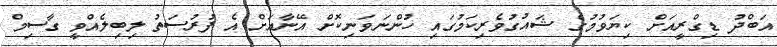
އަބްދު ޑިގްރީއަށް ކިޔަވުމުގެ ޝައުގުވެރިކަމުގައި ހުންނަވަނިކޮށް އޭނާއަށް އެ ފުރުސަތު ލިބިލެއްވީ ގާސިމް